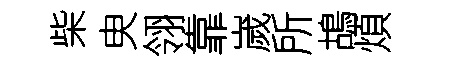
柴㬰翎靠嵗所鴣煩